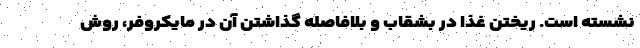
نشسته است. ریختن غذا در بشقاب و بلافاصله گذاشتن آن در مایکروفر، روش